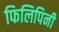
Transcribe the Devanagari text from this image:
फिलिपिनी